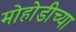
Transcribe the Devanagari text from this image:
मोहोडीच्या